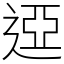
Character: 䢝